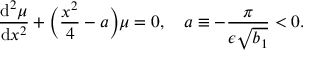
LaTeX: \frac { \mathrm { d } ^ { 2 } \mu } { \mathrm { d } x ^ { 2 } } + \biggl ( \frac { x ^ { 2 } } { 4 } - a \biggr ) \mu = 0 , \quad a \equiv - \frac { \pi } { \epsilon \sqrt { b _ { 1 } } } < 0 .